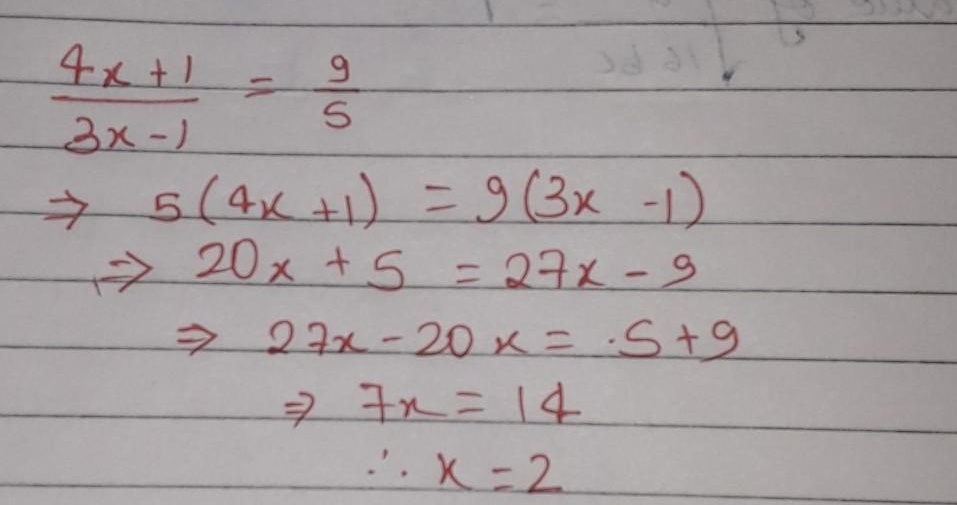
求解方程\(\frac{4x + 1}{3x - 1}=\frac{9}{5}\)的过程如下：
\[
\begin{align*}
\frac{4x + 1}{3x - 1}&=\frac{9}{5}\\
\Rightarrow 5(4x + 1)&= 9(3x - 1)\\
\Rightarrow 20x + 5&= 27x - 9\\
\Rightarrow 27x - 20x&= 5 + 9\\
\Rightarrow 7x&= 14\\
\therefore x&= 2
\end{align*}
\]